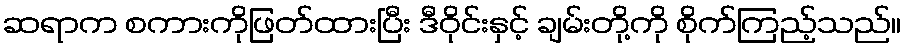
ဆရာက စကားကိုဖြတ်ထားပြီး ဒီဝိုင်းနှင့် ချမ်းတို့ကို စိုက်ကြည့်သည်။